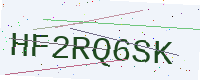
Text: HF2RQ6SK